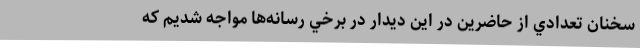
سخنان تعدادي از حاضرين در اين ديدار در برخي رسانه‌ها مواجه شديم كه